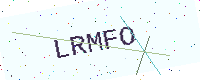
Text: LRMFO